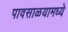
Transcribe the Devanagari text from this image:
पावसाळयामध्ये